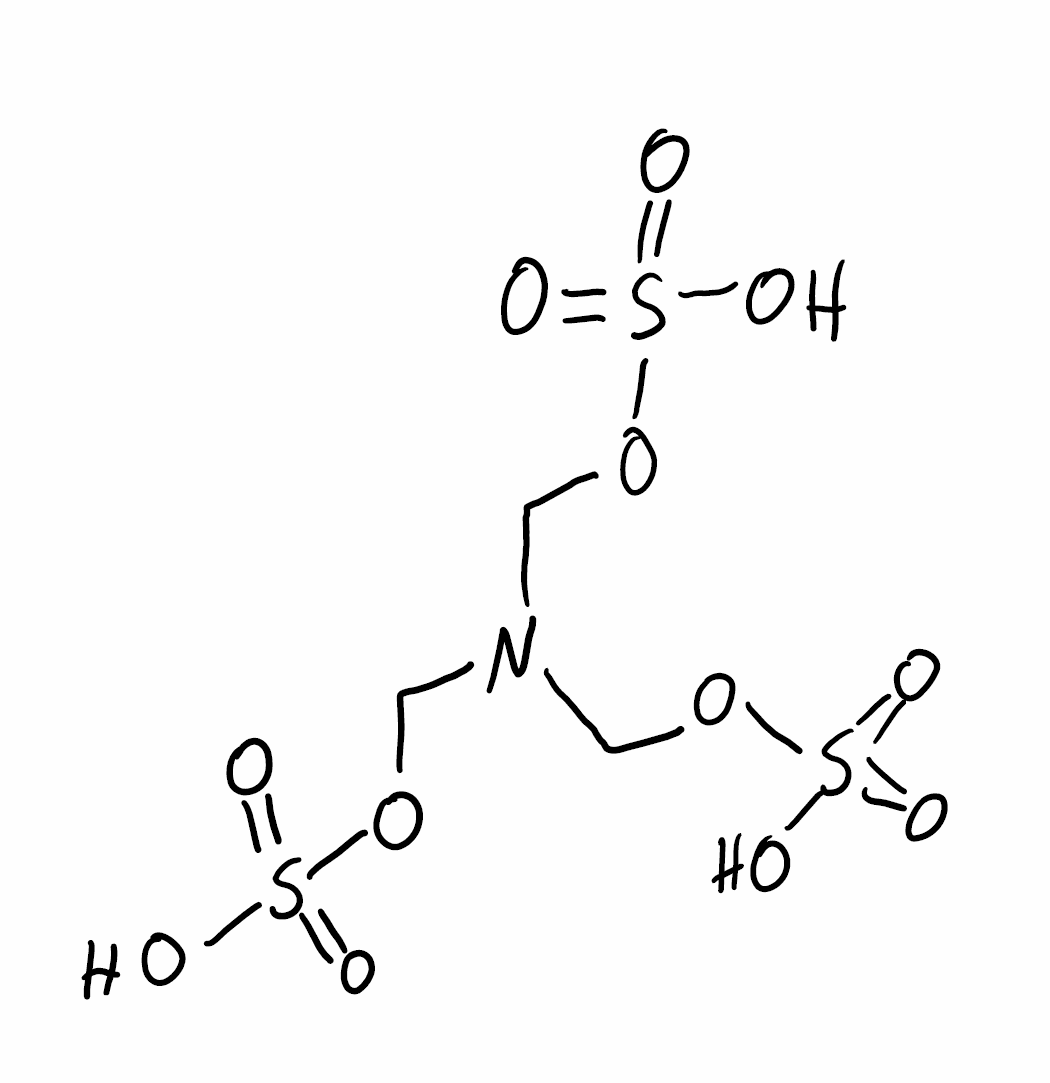
Simplified molecular-input line-entry system (SMILES) notation of the given molecule:
C(N(COS(=O)(=O)O)COS(=O)(=O)O)OS(=O)(=O)O